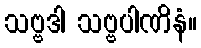
သဗ္ဗဒါ သဗ္ဗပါဏိနံ။